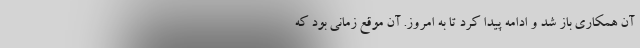
آن همکاری باز شد و ادامه پیدا کرد تا به امروز. آن موقع زمانی بود که